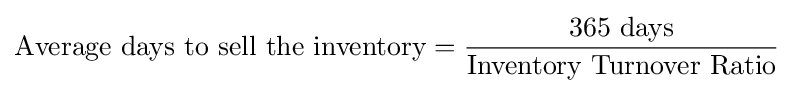
{\mbox{Average days to sell the inventory}}={\frac {\mbox{365 days}}{\mbox{Inventory Turnover Ratio}}}